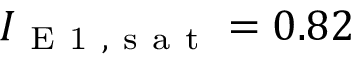
I _ { \mathrm { ~ E ~ 1 ~ , ~ s ~ a ~ t ~ } } = 0 . 8 2